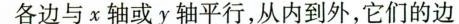
各边与x轴或y轴平行，从内到外，它们的边